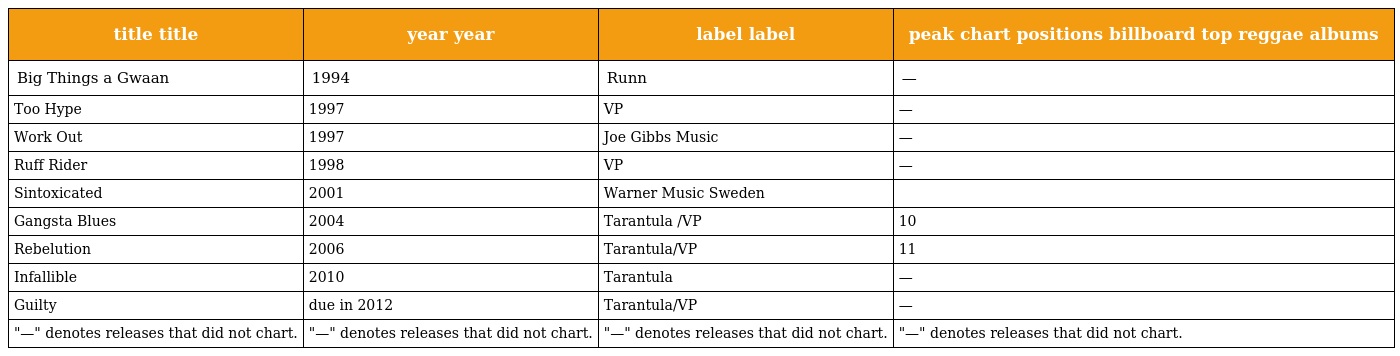
| title title | year year | label label | peak chart positions billboard top reggae albums |
 | --- | --- | --- | --- |
 | Big Things a Gwaan | 1994 | Runn | — |
 | Too Hype | 1997 | VP | — |
 | Work Out | 1997 | Joe Gibbs Music | — |
 | Ruff Rider | 1998 | VP | — |
 | Sintoxicated | 2001 | Warner Music Sweden |  |
 | Gangsta Blues | 2004 | Tarantula /VP | 10 |
 | Rebelution | 2006 | Tarantula/VP | 11 |
 | Infallible | 2010 | Tarantula | — |
 | Guilty | due in 2012 | Tarantula/VP | — |
 | "—" denotes releases that did not chart. | "—" denotes releases that did not chart. | "—" denotes releases that did not chart. | "—" denotes releases that did not chart. |